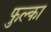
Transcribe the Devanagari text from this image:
फुल्का